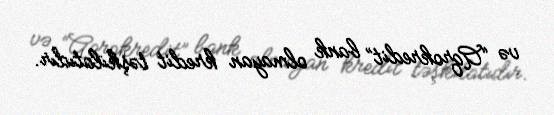
və “Aqrokredit” bank olmayan kredit təşkilatıdır.